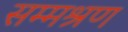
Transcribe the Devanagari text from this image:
सम्मश्रण